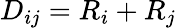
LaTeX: D_{ij}=R_{i}+R_{j}